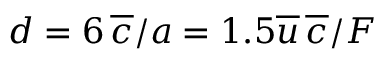
d = 6 \, \overline { { c } } / a = 1 . 5 \overline { { u } } \, \overline { { c } } / F